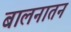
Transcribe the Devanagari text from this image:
बालनातन